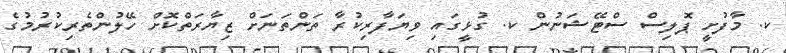
ކ. މާފުށީ ޕޮލިސް ސްޓޭޝަނުން ކ. ގުޅީގައި ވިޔަފާރިކުރާ ތަންތަނަށް ޒިޔާރަތްކޮށް ހޭލުންތެރިކުރުމުގެ